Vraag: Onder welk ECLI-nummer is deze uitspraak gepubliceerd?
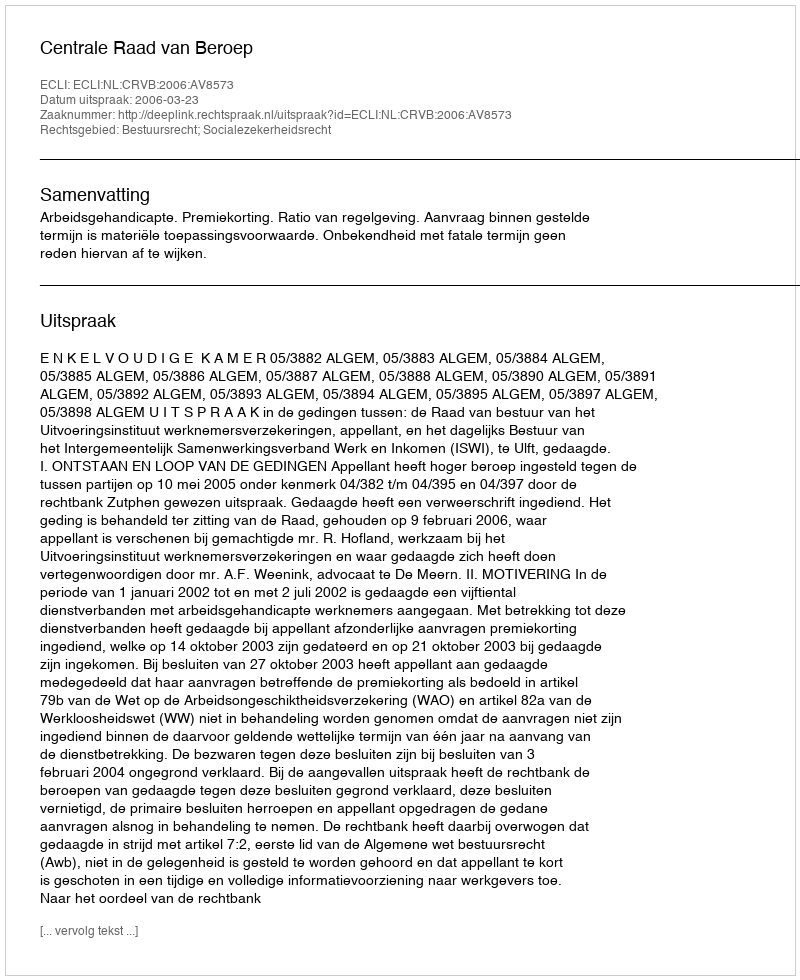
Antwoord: ECLI:NL:CRVB:2006:AV8573